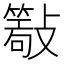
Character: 𣀖